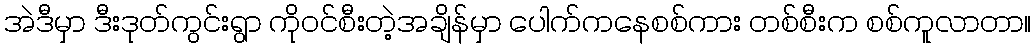
အဲဒီမှာ ဒီးဒုတ်ကွင်းရွာ ကိုဝင်စီးတဲ့အချိန်မှာ ပေါက်ကနေစစ်ကား တစ်စီးက စစ်ကူလာတာ။